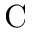
\mathrm { C }